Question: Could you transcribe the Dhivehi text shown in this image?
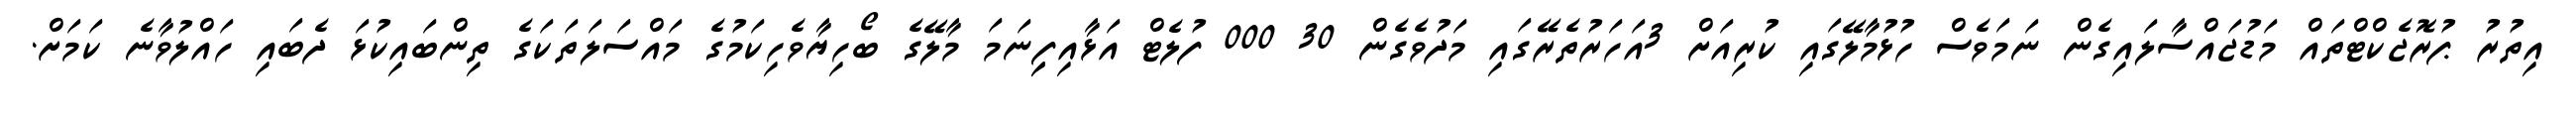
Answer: އިތުރު ޕުރޮޖެކްޓްތައް މަޑުޖައްސާލައިގެން ނަމަވެސް ހުޅުމާލޭގައި ކުރިއަށް 3އަހަރުތެރޭގައި މަދުވެގެން 30 000 ފުލެޓް އަޅާއިފިިނަމަ މާލޭގެ ބޯހިޔާވެހިކަމުގެ މައްސަލަތަކަގެ ތިންބައިކުޅަ ދެބައި ހައްލުވާނެ ކަމަށް.